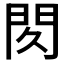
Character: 𰿙